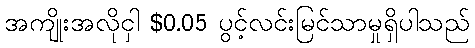
အကျိုးအလိုငှါ $0.05 ပွင့်လင်းမြင်သာမှုရှိပါသည်